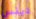
دينس